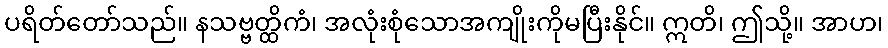
ပရိတ်တော်သည်။ နသဗ္ဗတ္ထိကံ၊ အလုံးစုံသောအကျိုးကိုမပြီးနိုင်။ ဣတိ၊ ဤသို့။ အာဟ၊